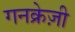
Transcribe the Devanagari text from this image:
गनक्रेज़ी